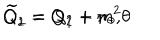
{ \widetilde Q _ { 1 } } = Q _ { 1 } + m ^ { 2 } \theta \hspace { 1 . 2 i n } { \widetilde Q _ { 2 } } = Q _ { 2 } + \pi _ { \theta } ,